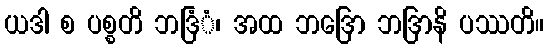
ယဒါ စ ပစ္စတိ ဘဒြံံ၊ အထ ဘဒြော ဘဒြာနိ ပဿတိ။